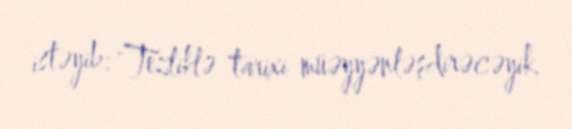
istəyib: "Tezliklə tarixi müəyyənləşdirəcəyik.